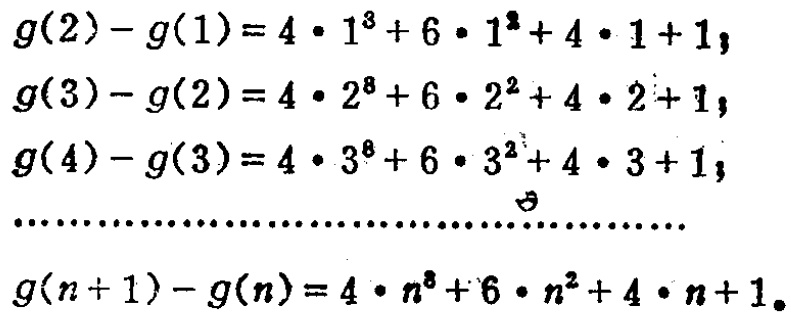
\[
\begin{align*}
g(2)-g(1)&=4\cdot1^{3}+6\cdot1^{2}+4\cdot1 + 1\\
g(3)-g(2)&=4\cdot2^{3}+6\cdot2^{2}+4\cdot2 + 1\\
g(4)-g(3)&=4\cdot3^{3}+6\cdot3^{2}+4\cdot3 + 1\\
&\cdots\cdots\cdots\cdots\cdots\cdots\cdots\cdots\cdots\cdots\cdots\cdots\cdots\cdots\cdots\cdots\cdots\cdots\cdots\cdots\\
g(n + 1)-g(n)&=4\cdot n^{3}+6\cdot n^{2}+4\cdot n + 1
\end{align*}
\]